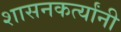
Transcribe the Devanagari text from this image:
शासनकर्त्यांनी